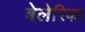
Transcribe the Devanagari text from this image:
बेलेरिका